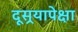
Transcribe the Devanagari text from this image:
दूसर्‍यापेक्षा